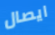
ايصال